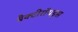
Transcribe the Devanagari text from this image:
बैक्टीरॉयड्स